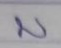
บ